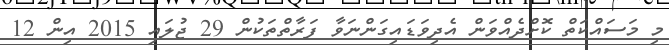
މި މަސައްކަތް ކޮށްދެއްވަން އެދިވަޑައިގަންނަވާ ފަރާތްތަކުން 29 ޖުލައި 2015 އިން 12